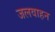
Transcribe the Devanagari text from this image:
जलवाहन